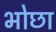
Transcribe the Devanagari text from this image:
भोछा